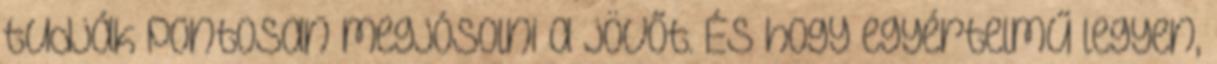
tudják pontosan megjósolni a jövőt. És hogy egyértelmű legyen,